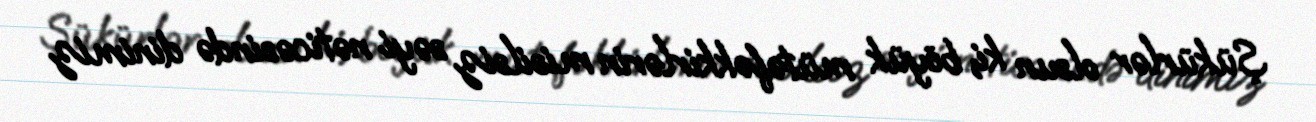
Şükürlər olsun ki, böyük mütəfəkkirlərin misilsiz səyi nəticəsində dinimiz